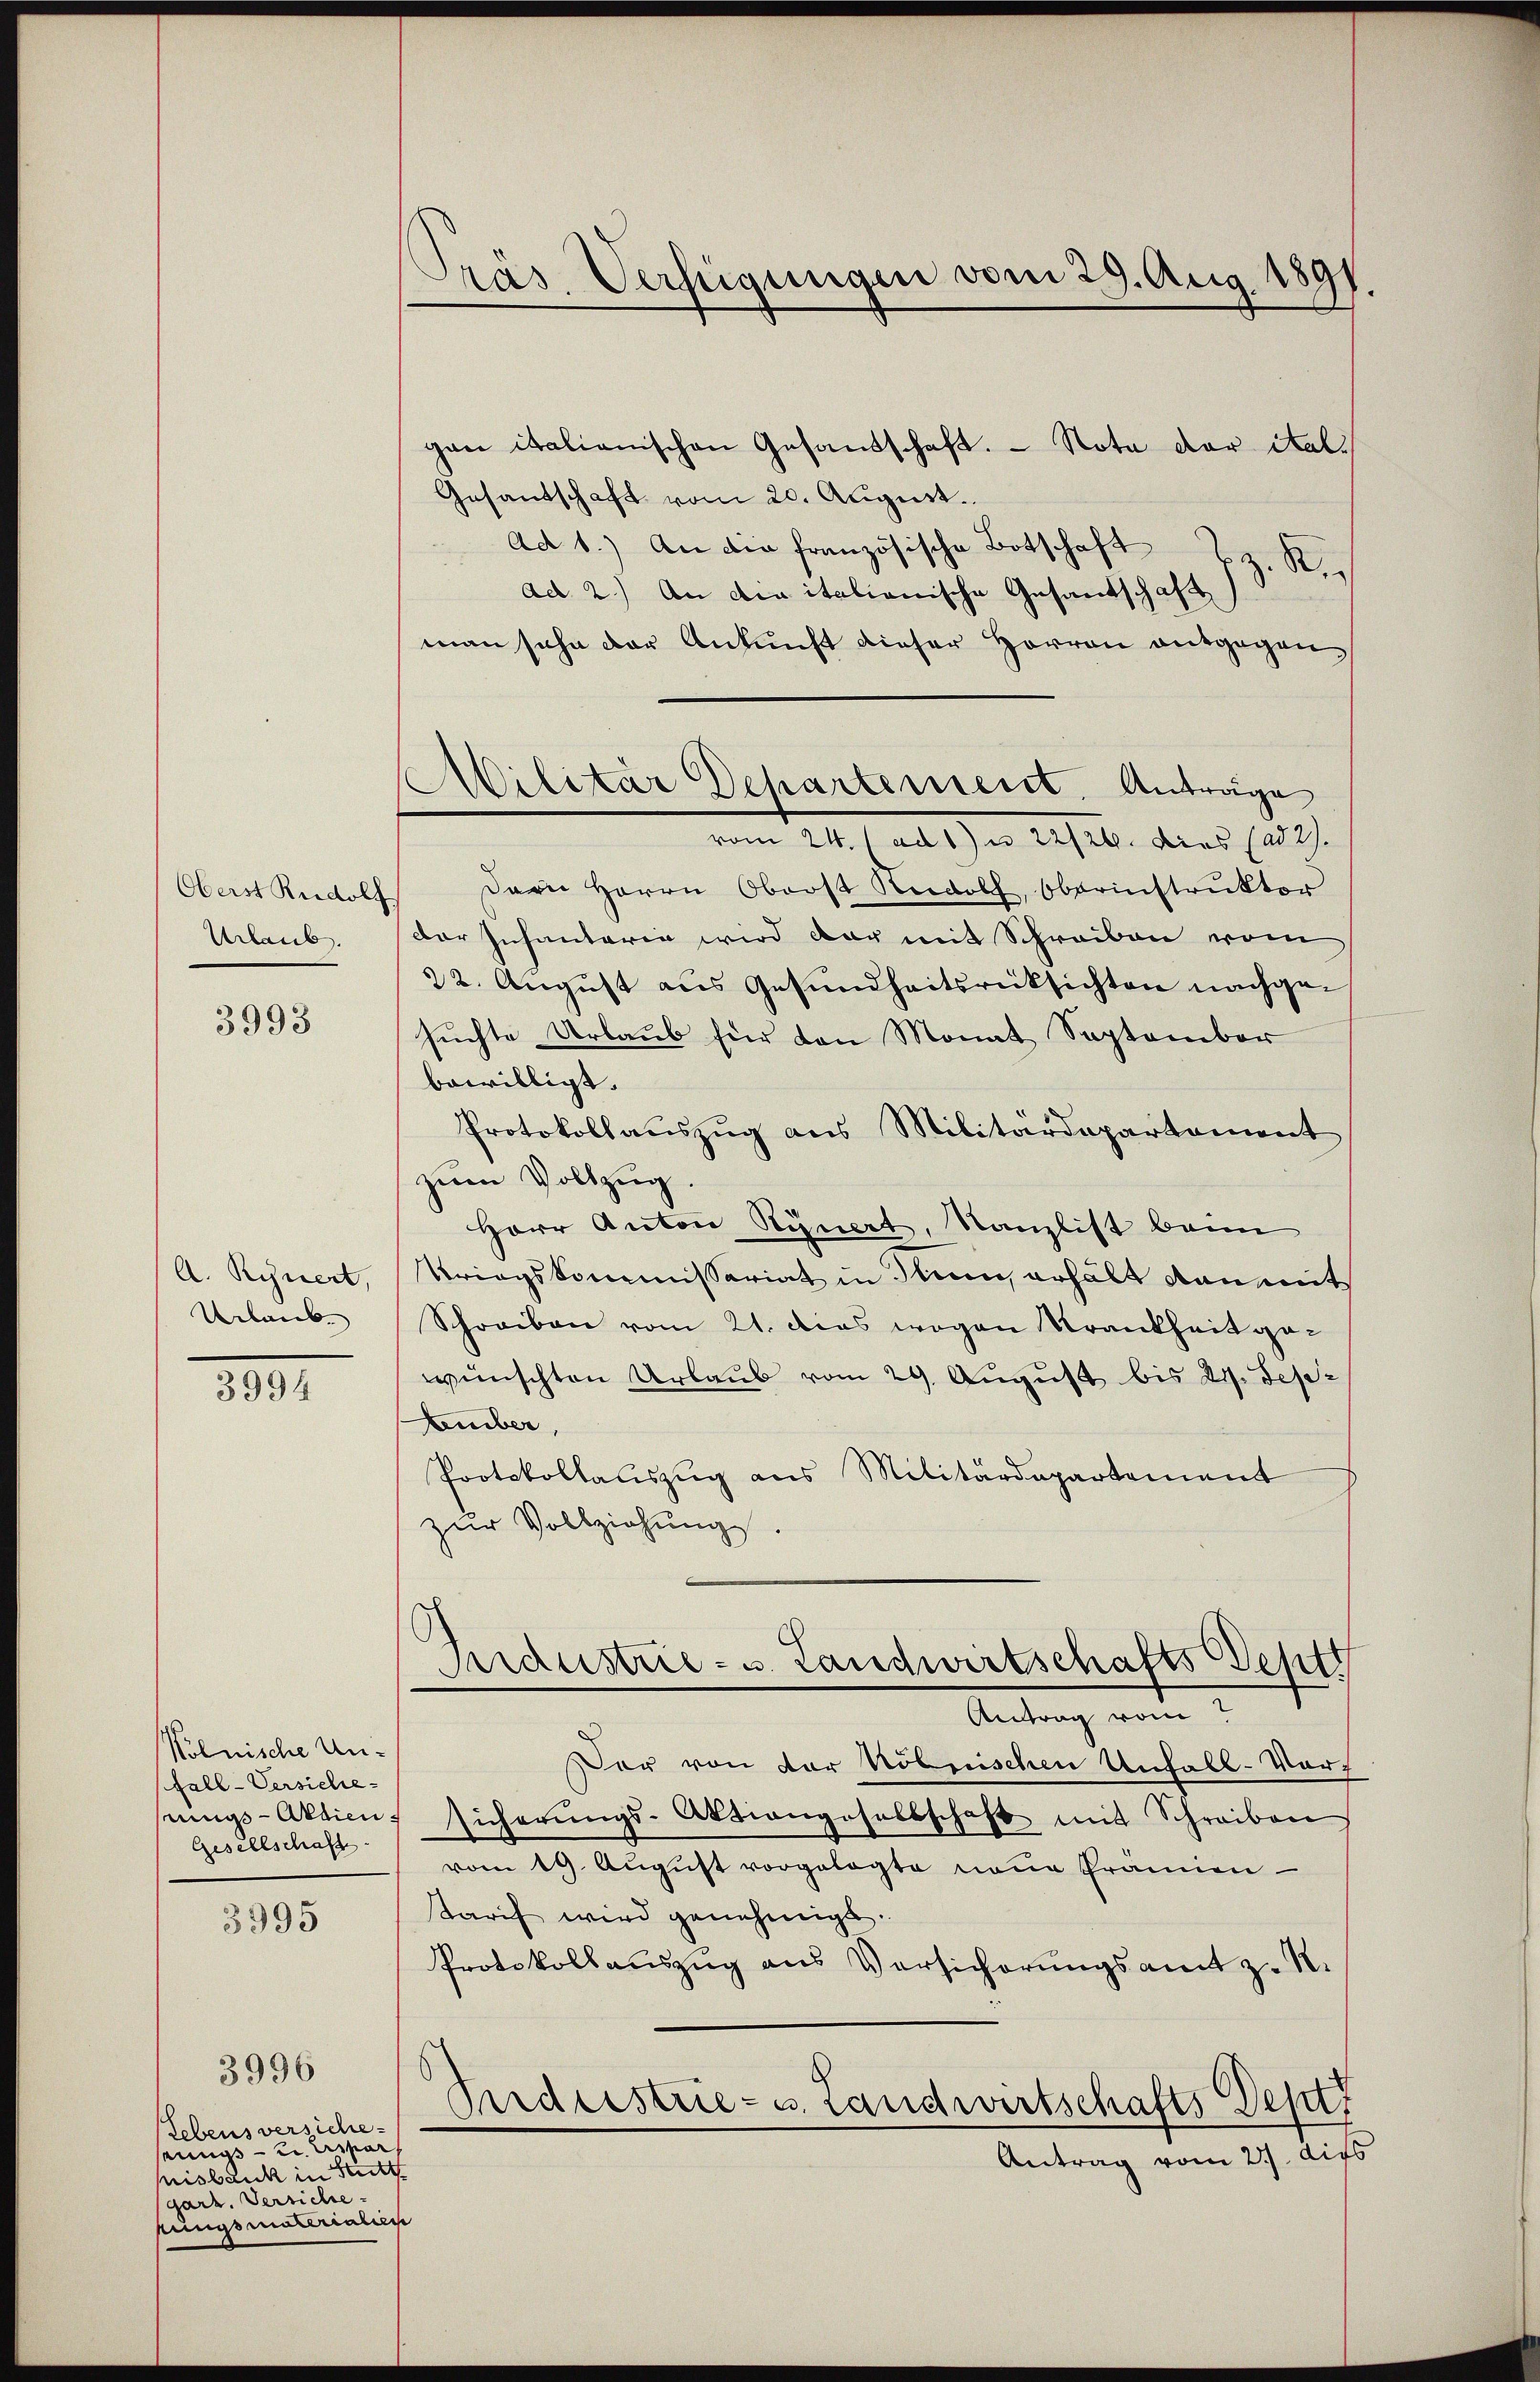
Oberst Rudolf
Urlaub.

3994

3993

A. Reuert,
Urlaub

Kolnische Un¬
Fall-Versiche
sungs-Aktien.
Gesellschaft

3995

Lebens versiche-
eigs umar
Misbank in Stritt
garz. Versiche
rungsmaterialien

3996

Präs. Verfügungen vom 29. Aug. 1891

Militar Departement. Anträge

gan italienischen Gesandschaft. - Nota der ital.
Gesandschaft vom 20. August.
Ad 1.) An die französische Botschaft z. K.
ad 2.) An die italienische Gesandschaft
man sehe der Ankunft dieser Herren entgegenvom 24. (ad 6 n 22/26. Dies (ad 2.
Parn Herrn Oberst Rudolf, Oberinstruktor
Dar Inhantaria wird dar mit Schreiben vom
22. August aus Gesundheitsrücksichten nachgesuchte Urlaub für den Monat September
bewilligt.
Protokollauszug aus Militärdepartement
zum Vollzug
Herr Anton Rynert, Kanzlist beim
Kriegskommissariat in sein, erhält dan mit
Schreiben vom 21. das wegen Krankheit gewünschten Urlaub vom 29. August bis 2. Sep¬
Amber
Protokollauszug aus Militärdepartement
zŭr Vollziehung.
Industrie- u. Landwirtschafts Sept
Antrag vom 7
Dar von der kölnischen Unfall-Vor-
Sicherŭngs-Aktiengesellschaft mit Schreiben
vom 19. August vorgelegte neue Prämien
tarif wird genehmigt.
Protokollauszug aus Vorsicherungsamt z. R.
Endristrie- u. Landwirtschafts Sept
Antrag vom 2. Aufs